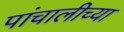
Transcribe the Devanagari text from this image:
पांचालीच्या